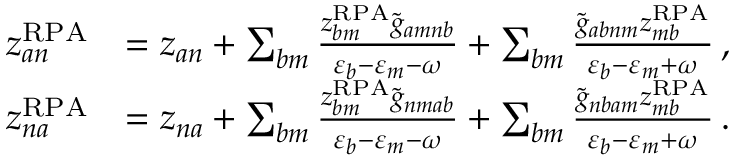
\begin{array} { r l } { z _ { a n } ^ { \mathrm { R P A } } } & { = z _ { a n } + \sum _ { b m } \frac { z _ { b m } ^ { \mathrm { R P A } } \tilde { g } _ { a m n b } } { \varepsilon _ { b } - \varepsilon _ { m } - \omega } + \sum _ { b m } \frac { \tilde { g } _ { a b n m } z _ { m b } ^ { \mathrm { R P A } } } { \varepsilon _ { b } - \varepsilon _ { m } + \omega } \, , } \\ { z _ { n a } ^ { \mathrm { R P A } } } & { = z _ { n a } + \sum _ { b m } \frac { z _ { b m } ^ { \mathrm { R P A } } \tilde { g } _ { n m a b } } { \varepsilon _ { b } - \varepsilon _ { m } - \omega } + \sum _ { b m } \frac { \tilde { g } _ { n b a m } z _ { m b } ^ { \mathrm { R P A } } } { \varepsilon _ { b } - \varepsilon _ { m } + \omega } \, . } \end{array}